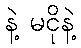
နဲ့ မငိုနဲ့